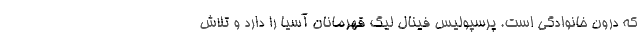
که درون خانوادگی است. پرسپولیس فینال لیگ قهرمانان آسیا را دارد و تلاش